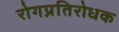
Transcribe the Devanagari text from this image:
रोगप्रतिरोधक